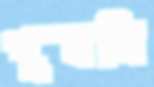
শুষলি